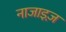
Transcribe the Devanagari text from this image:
नाजाइज़